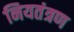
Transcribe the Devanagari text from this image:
नियतंत्रण